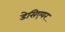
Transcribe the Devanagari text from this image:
डेसिएयर